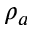
\rho _ { a }